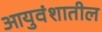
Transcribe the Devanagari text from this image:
आयुवंशातील